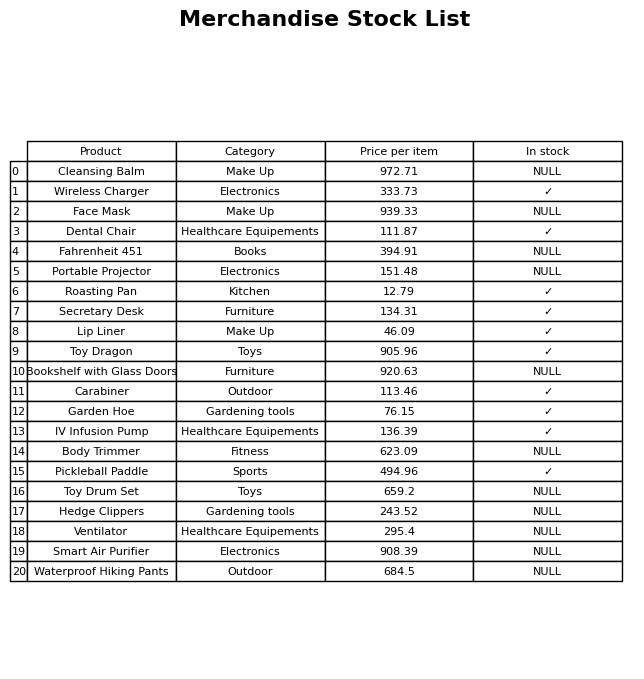
question: What is the price of the Wireless Charger?
answer: The price of Wireless Charger is 333.73.